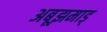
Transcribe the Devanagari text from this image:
अबूझमाड्